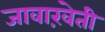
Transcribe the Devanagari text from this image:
जावाख़ेती